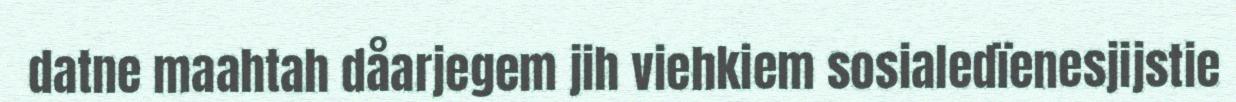
datne maahtah dåarjegem jih viehkiem sosialedïenesjijstie